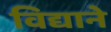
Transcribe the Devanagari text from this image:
विद्याने